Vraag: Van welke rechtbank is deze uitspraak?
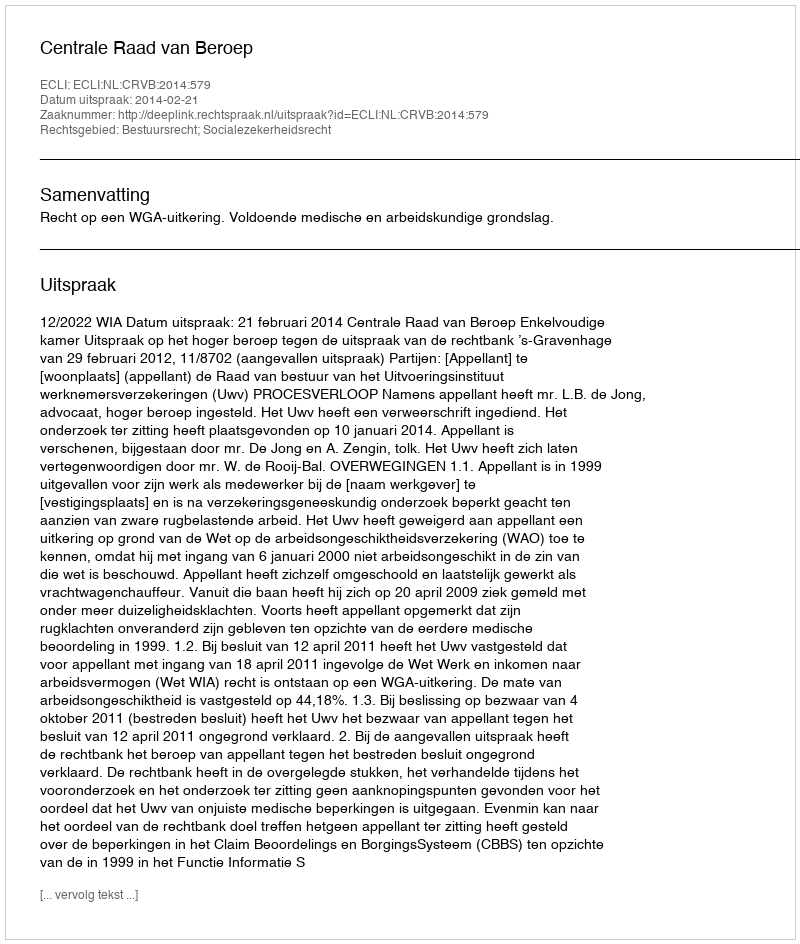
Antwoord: Centrale Raad van Beroep